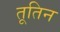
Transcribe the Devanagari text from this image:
तूतिन